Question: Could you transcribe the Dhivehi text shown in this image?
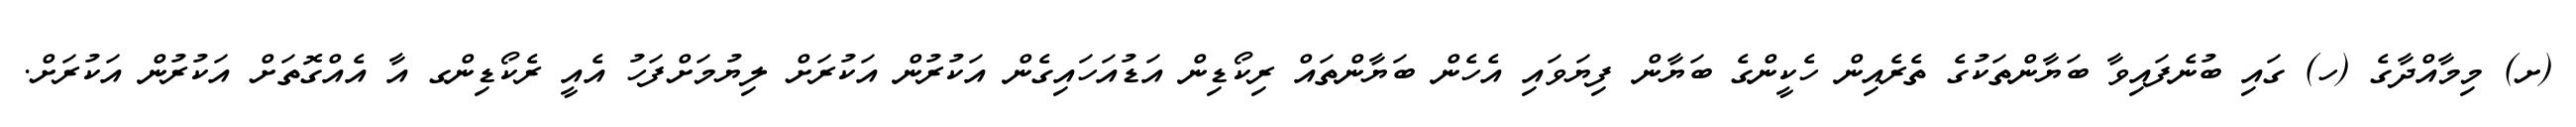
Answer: (ށ) މިމާއްދާގެ (ހ) ގައި ބުނެފައިވާ ބަޔާންތަކުގެ ތެރެއިން ހެކީންގެ ބަޔާން ފިޔަވައި އެހެން ބަޔާންތައް ރިކޯޑިން އަޑުއަހައިގެން އަކުރުން އަކުރަށް ލިޔުމަށްފަހު އެއީ ރެކޯޑިންގ އާ އެއްގޮތަށް އަކުރުން އަކުރަށް.